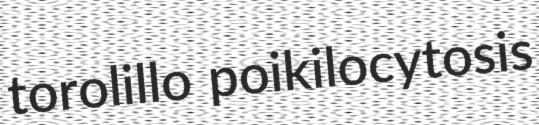
torolillo poikilocytosis